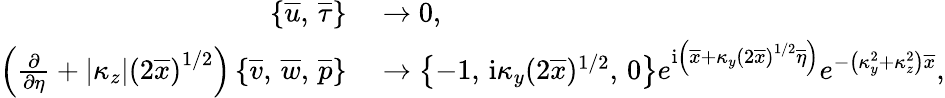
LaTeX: \begin{array}{rl}{\left\lbrace\overline{{u}},\, \overline{{\tau}}\right\rbrace}&{{}\rightarrow 0,}\\ {\left(\frac{\partial}{\partial\eta}+\left\vert{\kappa_{z}}\right\vert\left(2\overline{{x}}\right)^{1/2}\right)\left\lbrace\overline{{v}},\, \overline{{w}},\, \overline{{p}}\right\rbrace}&{{}\rightarrow\left\lbrace-1,\, \mathrm{i}\kappa_{y}(2\overline{{x}})^{1/2},\, 0\right\rbrace e^{\mathrm{i}\left(\overline{{x}}+\kappa_{y}\left(2\overline{{x}}\right)^{1/2}\overline{{\eta}}\right)}e^{-\left(\kappa_{y}^{2}+\kappa_{z}^{2}\right)\overline{{x}}},}\end{array}